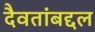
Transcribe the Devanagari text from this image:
दैवतांबद्दल